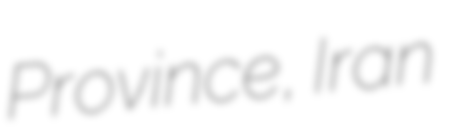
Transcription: Province, Iran